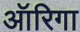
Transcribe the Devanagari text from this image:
ऑरिगा